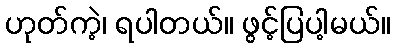
ဟုတ်ကဲ့၊ ရပါတယ်။ ဖွင့်ပြပါ့မယ်။